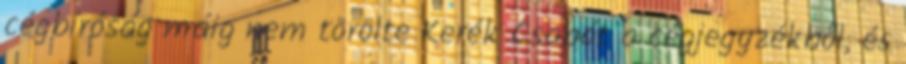
cégbíróság máig nem törölte Kerék Csabát a cégjegyzékből, és